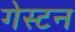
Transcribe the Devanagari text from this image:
गेस्टन